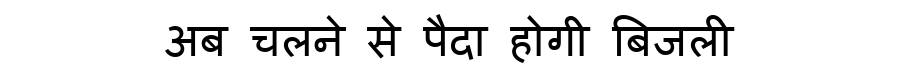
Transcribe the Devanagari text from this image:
अब चलने से पैदा होगी बिजली